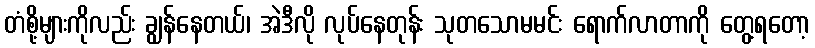
တံစို့များကိုလည်း ချွန်နေတယ်၊ အဲဒီလို လုပ်နေတုန်း သုတသောမမင်း ရောက်လာတာကို တွေ့ရတော့